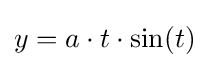
y=a\cdot t\cdot \sin(t)